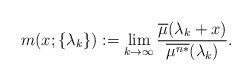
LaTeX: \begin{align*}m(x;\{\lambda_k\}):=\lim_{k\to\infty}\frac{\overline{\mu}(\lambda_k+x)}{\overline{\mu^{n*}}(\lambda_k)}.\end{align*}